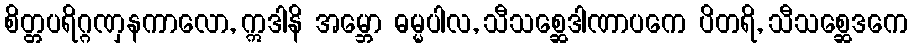
စိတ္တပရိဂ္ဂဏှနကာလော, ဣဒါနိ အမ္ဘော ဓမ္မပါလ, သီသစ္ဆေဒါဏာပကေ ပိတရိ, သီသစ္ဆေဒကေ